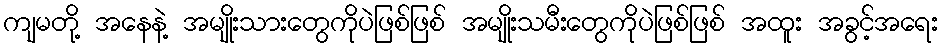
ကျမတို့ အနေနဲ့ အမျိုးသားတွေကိုပဲဖြစ်ဖြစ် အမျိုးသမီးတွေကိုပဲဖြစ်ဖြစ် အထူး အခွင့်အရေး